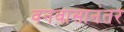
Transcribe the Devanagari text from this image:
वनवासानंतर